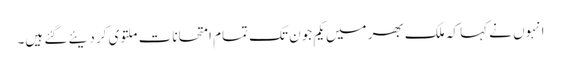
انہوں نے کہا کہ ملک بھر میں یکم جون تک تمام امتحانات ملتوی کر دیئے گئے ہیں۔